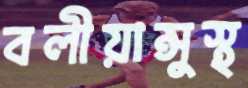
বলীয়ান্‌সুস্থ